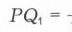
\(PQ_{1}=-\)